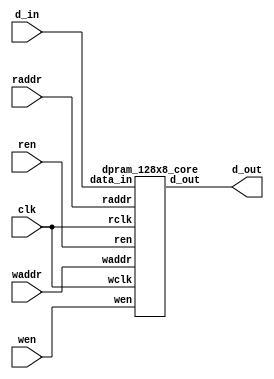
// This program was cloned from: https://github.com/lnis-uofu/OpenFPGA
// License: MIT License

//-----------------------------------------------------
// Design Name : dual_port_ram
// Function    : Dual port RAM 8x128 
// Coder       : Xifan Tang
//-----------------------------------------------------

module dpram_128x8 (
	input clk,
	input wen,
	input ren,
	input[0:6] waddr,
	input[0:6] raddr,
	input[0:7] d_in,
	output[0:7] d_out );

		dpram_128x8_core memory_0 (
			.wclk		(clk),
			.wen		(wen),
			.waddr		(waddr),
			.data_in	(d_in),
			.rclk		(clk),
			.ren		(ren),
			.raddr		(raddr),
			.d_out		(d_out) );

endmodule

module dpram_128x8_core (
	input wclk,
	input wen,
	input[0:6] waddr,
	input[0:7] data_in,
	input rclk,
	input ren,
	input[0:6] raddr,
	output[0:7] d_out );

	reg[0:7] ram[0:127];
	reg[0:7] internal;

	assign d_out = internal;

	always @(posedge wclk) begin
		if(wen) begin
			ram[waddr] <= data_in;
		end
	end

	always @(posedge rclk) begin
		if(ren) begin
			internal <= ram[raddr];
		end
	end

endmodule